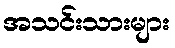
အသင်းသားများ